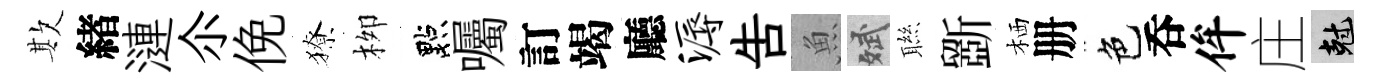
欺緖漣尒俛獠栁點囑訂竭廳溽告魚斌聮斵栖册色呑侔庄剋